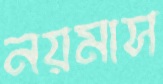
নয়মাস